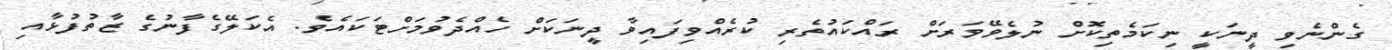
ގެންނެވި ދީނަކީ ނިކަމެތިކޮށް ނުލެވޭވަރަށް ރައްކައުތެރި ކުރެއްވިފައިވާ ދީނަކަށް ހެއްދެވުމަށްޓަކައެވެ. އެކަލޭގެފާނުގެ ޒާތުފުޅާއި